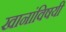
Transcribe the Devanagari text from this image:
खानांविषयी